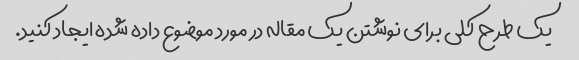
یک طرح کلی برای نوشتن یک مقاله در مورد موضوع داده شده ایجاد کنید.